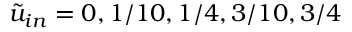
\tilde { u } _ { i n } = 0 , 1 / 1 0 , 1 / 4 , 3 / 1 0 , 3 / 4